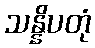
သန္နိပတုံ